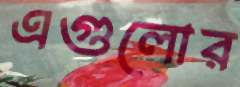
এগুলোর